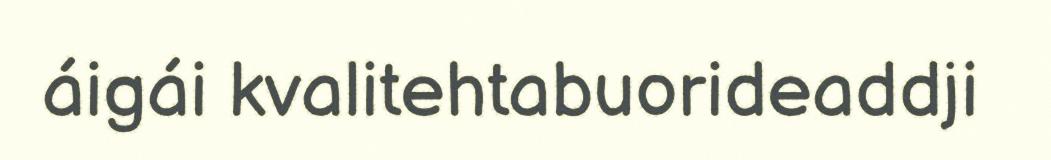
áigái kvalitehtabuorideaddji